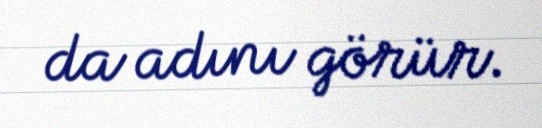
da adını görür.